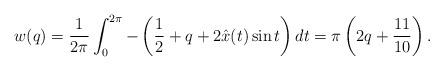
LaTeX: \begin{align*} w(q)=\frac{1}{2\pi}\int_0^{2\pi}-\left(\frac{1}{2}+q+2\hat x(t)\sin t\right) dt= \pi\left(2q+\frac{11}{10}\right).\end{align*}